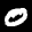
Label: 0